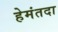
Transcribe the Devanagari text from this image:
हेमंतदा